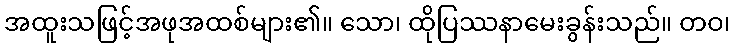
အထူးသဖြင့်အဖုအထစ်များ၏။ သော၊ ထိုပြဿနာမေးခွန်းသည်။ တဝ၊